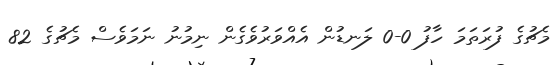
މެޗުގެ ފުރަތަމަ ހާފު 0-0 ލަނޑުން އެއްވަރުވެގެން ނިމުނު ނަމަވެސް މެޗުގެ 82